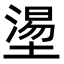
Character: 𡐀